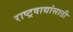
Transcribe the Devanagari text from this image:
राष्ट्रवाद्यांसाठी